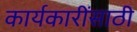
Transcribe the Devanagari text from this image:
कार्यकारींसाठी